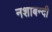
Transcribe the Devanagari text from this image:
नशाबन्दी